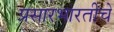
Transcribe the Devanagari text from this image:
प्रसारभारतीचे